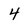
Character: 4